Vaccine operations Central Provinces 1900-1911 - 1900-1911
Year: 1900
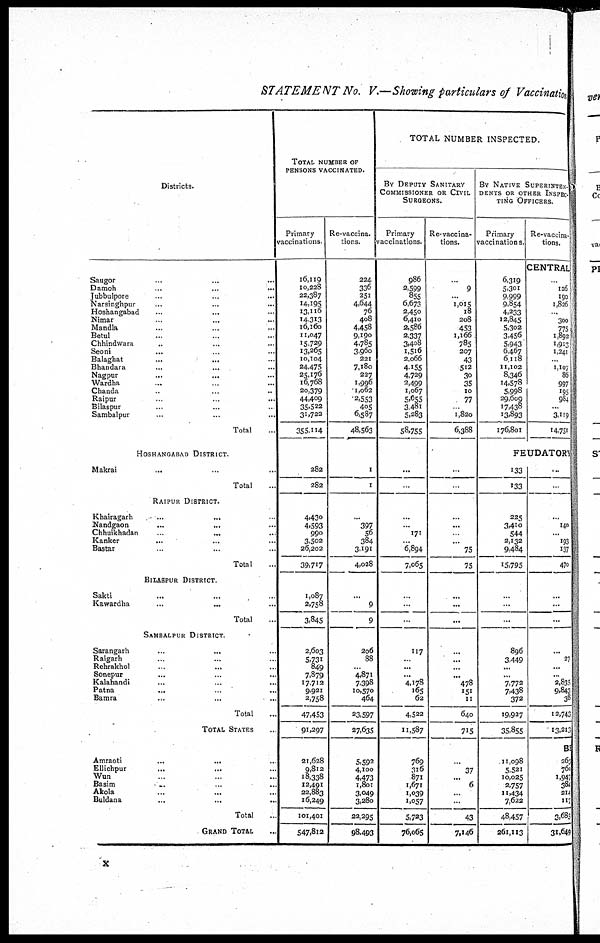
STATEMENT No. V.—Showing particulars of Vaccination
Districts.
Saugor ... ... ...
Damoh
...
...
...
Jubbulpore ... ... ...
Narsinghpur ... ... ...
Hoshangabad ... ... ...
Nimar ... ... ...
Mandla ... ... ...
Betul ... ... ...
Chhindwara ... ... ...
Seoni ... ... ...
Balaghat ... ... ...
Bhandara ... ... ...
Nagpur ... ... ...
Wardha ... ... ...
Chanda ... ... ...
Raipur ... ... ...
Bilaspur ... ... ...
Sambalpur ... ... ...
Total ...
HOSHANGABAD DISTRICT.
Makrai ... ... ...
Total ...
RAIPUR DISTRICT.
Khairagarh
... ... ...
Nandgaon
...
... ...
Chhuikhadan
..
... ...
Kanker ... ... ...
Bastar ... ... ...
Total ...
BILASPUR DISTRICT.
Sakti ... ... ...
Kawardha ... ... ...
Total ...
SAMBALPUR DISTRICT.
Sarangarh ... ... ...
Raigarh ... ... ...
Rehrakhol ... ... ...
Sonepur ... ... ...
Kalahandi ... ... ...
Patna ... ... ...
Bamra ... ... ...
Total ...
TOTAL STATES ...
Amraoti
...
... ...
Ellichpur ... ... ...
Wun ... ... ...
Basim
...
...
...
Akola ... ... ...
Buldana ... ... ...
Total ...
GRAND TOTAL ...
TOTAL NUMBER OF
PENSONS VACCINATED.
Primary
vaccinations
16,119
10,228
22,387
14,195
13,116
14,313
16,160
11,047
15,729
13,265
10,104
24,475
25,176
16,768
20,379
44,409
35,522
31,722
355,114
282
282
4,430
4,593
990
3,502
26,202
39,717
1,087
2,758
3,845
2,603
5,731
849
7,879
17,712
9,921
2,758
47,453
91,297
21,628
9,812
18,338
12,491
22,883
16,249
101,401
547,812
Re-vaccina¬
tions.
224
336
251
4,644
76
408
4,458
9,190
4,785
3,960
221
7,180
227
1,996
1,062
2,553
405
6,587
48,563
1
1
...
397
56
384
3,191
4,028
...
9
9
206
88
...
4,871
7,398
10,570
464
23,597
27,635
5,592
4,100
4,473
1,801
3,049
3,280
22,295
98,493
TOTAL NUMBER INSPECTED.
BY DEPUTY SANITARY
COMMISSIONER OR CIVIL
SURGEONS.
Primary
vaccinations.
986
2,599
855
6,673
2,450
6,410
2,586
2,337
3,408
1,516
2,066
4,155
4,729
2,499
1,067
5,655
3,481
5,283
58,755
...
...
...
...
171
...
6,894
7,065
...
...
...
117
...
...
...
4,178
165
62
4,522
11,587
769
316
871
1,671
1,039
1,057
5,723
76,065
Re-vaccina¬
tions.
...
9
...
1,015
18
208
453
1,166
785
207
43
512
30
35
10
77
... 1,820
6,388
...
...
...
...
...
...
75
75
...
...
...
...
...
...
...
478
151
11
640
715
...
37
...
6
...
...
43
7,146
BY NATIVE SUPERINTEN¬
DENTS OR OTHER INSPEC-
TING OFFICERS.
Primary
vaccinations.
6,319
5,301
9,999
9,854
4,233
12,845
5,302
3,456
5,943
6,467
6,118
11,102
8,346
14,578
5,998
29,609
17,438
13,893
176,801
Re-vaccina¬
tions.
CENTRAL
..
126
190
1,826
...
300
775
1,892
1,913
1,241
...
1,107
86
997
195
984
...
3,119
14,751
FEUDATORY
133
133
225
3,410
544
2,132
9,484
15,795
...
...
...
896
3,449
...
...
7,772
7,438
372
19,927
35,855
11,098
5,521
10,025
2,757
11,434
7,622
48,457
261,113
...
...
..
140
...
193
137
470
...
...
...
...
27
...
...
2,835
9,843
38
12,743
13,213
BI
263
760
1,947
384
214
117
3,685
31,649
x